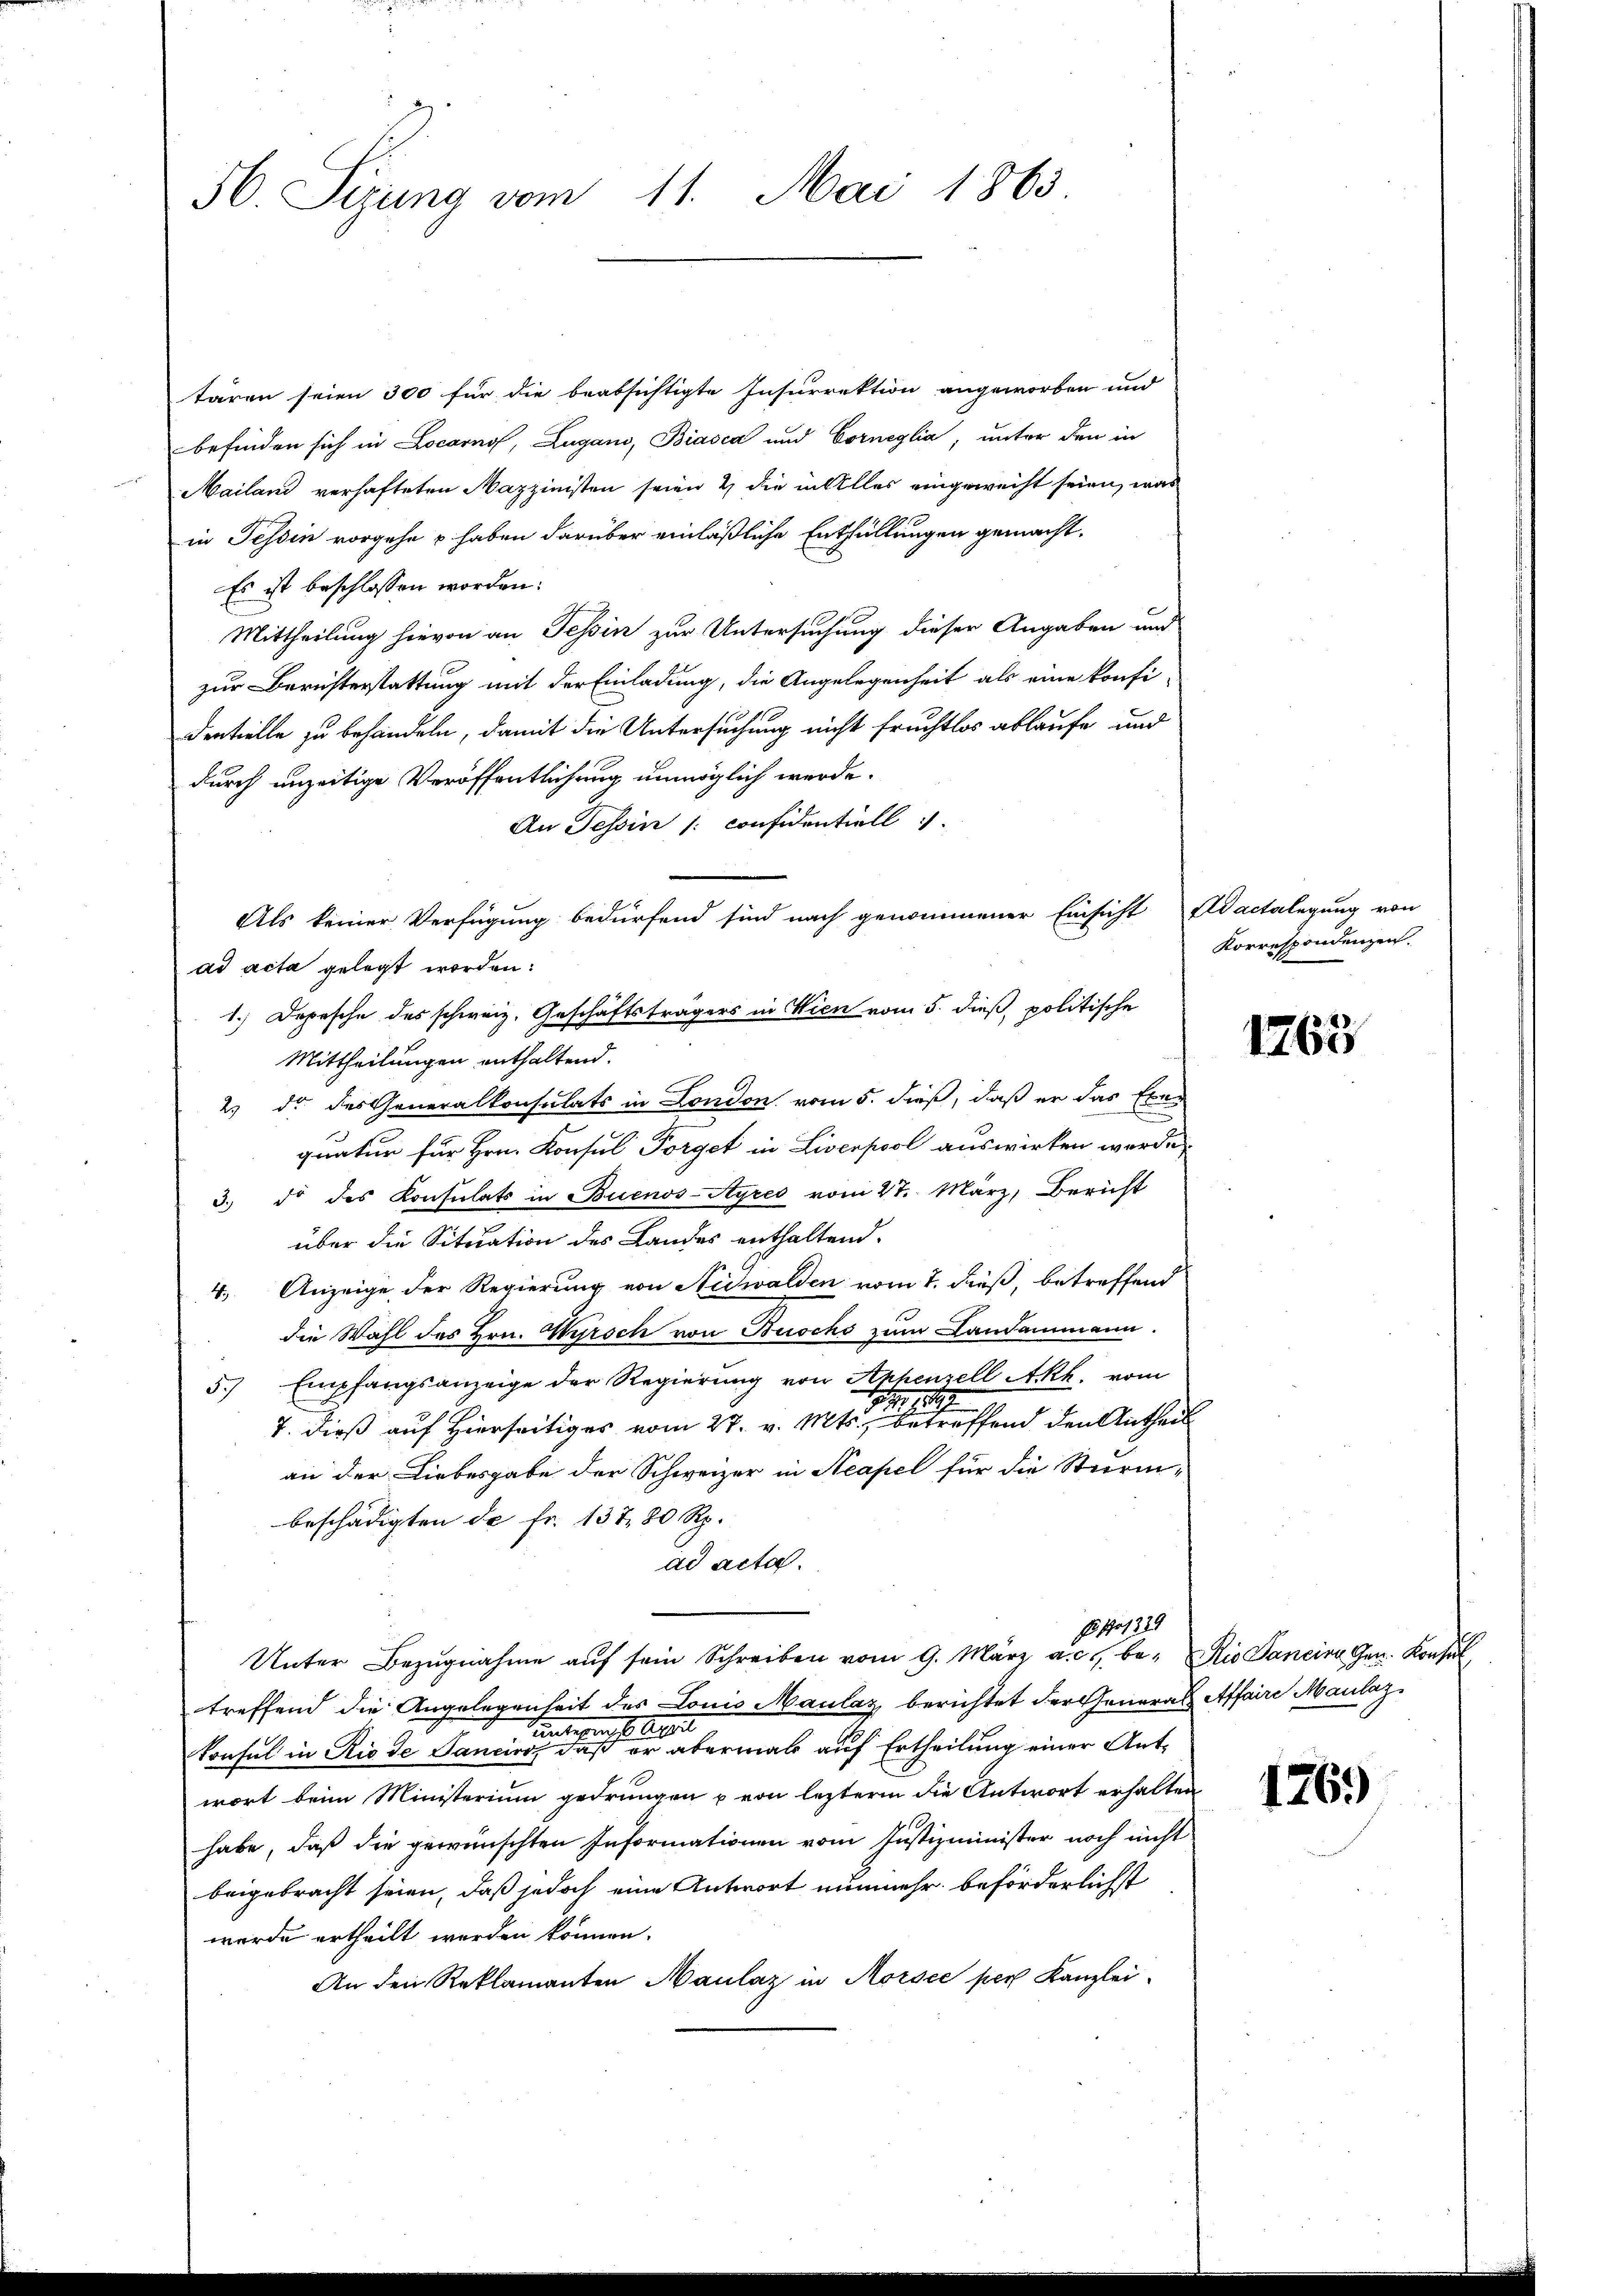
56. Sizung vom 11. Mai 1863

tären seien 300 für die beabsichtigte Insurrektion angeworben und
befinden sich in Locarno, Lugano, Biasca und Corneglia, unter den in
Mailand verhafteten Mazzinisten seien & die in Alles eingeweiht seien, was
in Tessin vorgehe & haben darüber einläßliche Entfüllungen gemacht.
Es ist beschlossen worden:
Mittheilung hievon an Tessin zur Untersuchung dieser Angaben und
zur Berichterstattung mit der Einladung, die Angelegenheit als eine konfi-
dentielle zu behandeln, damit die Untersuchung nicht fruchtlos ablaufe und
durch unzeitige Veröffentlichung unmöglich werde.
An Tessin /: confidentiell
Als keiner Verfügung bedürfend sind nach genommener Einsicht Adactelegung von
ad acta gelegt worden:
1.) Depesche des schweiz. Geschäftsträgers in Wien vom 5. dieß, politische
Mittheilungen enthaltend.
2. d. des Generalkonsulats in London vom 5. dieß, daß er das Exer
quatur für Hrn. Konsul Porget in Liverpool auswirken werde,
3.) Da des Konsulats in Buenos-Ayres vom 27. März, Bericht
über die Situation des Landes enthaltend.
4.) Anzeige der Regierung von Nidwalden vom 7. dieß, betreffend
die Wahl des Hrn. Wyrsch von Buschs zum Landammann.
5) Empfangsanzeige der Regierung von Anhenzell Akh. vom
2
7. dieß auf Hierseitiges vom 27. v. Mts., betreffend den Antheil
an der Liebesgabe der Schweizer in Neapel für die Sturm-
beschädigten de fr. 137, 80 Rp.
ad acta.
No 1339
Unter Bezŭgnahme aŭf sein Schreiben vom 9. März a. c., be- Rio Sancira Gen. Konsul
treffend die Angelegenheit des Louis Maulaz berichtet der General Affaire Maulaz
3
t
entspreche
konsul in Rio de Sancirs, daß er abermals auf Ertheilung einer Antwort beim Ministerium gedrungen u von leztere die Antwort erhalten,
habe, daß die gewünschten Informationen vom Justizminister noch nicht
beigebracht seien, daß jedoch eine Antwort nunmehr beförderlichst
werde ertheilt werden können.
An den Reklamanten Maulaz in Morsce per Kanzlei-

Korrespondenzen.

1763

176)